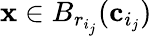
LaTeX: \mathbf{x}\in B_{r_{i_{j}}}(\mathbf{c}_{i_{j}})